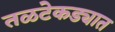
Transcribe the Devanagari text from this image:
तळटेकड्यात